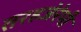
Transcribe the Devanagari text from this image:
तरहजेरेमी